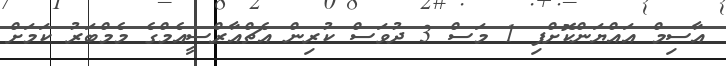
އާސިމް އައްޔަންކޮށްފި 1 މަސް 3 ދުވަސް ކުރިން އެޗްއާރްސީއެމްގެ މެމްބަރު ކަމަށް